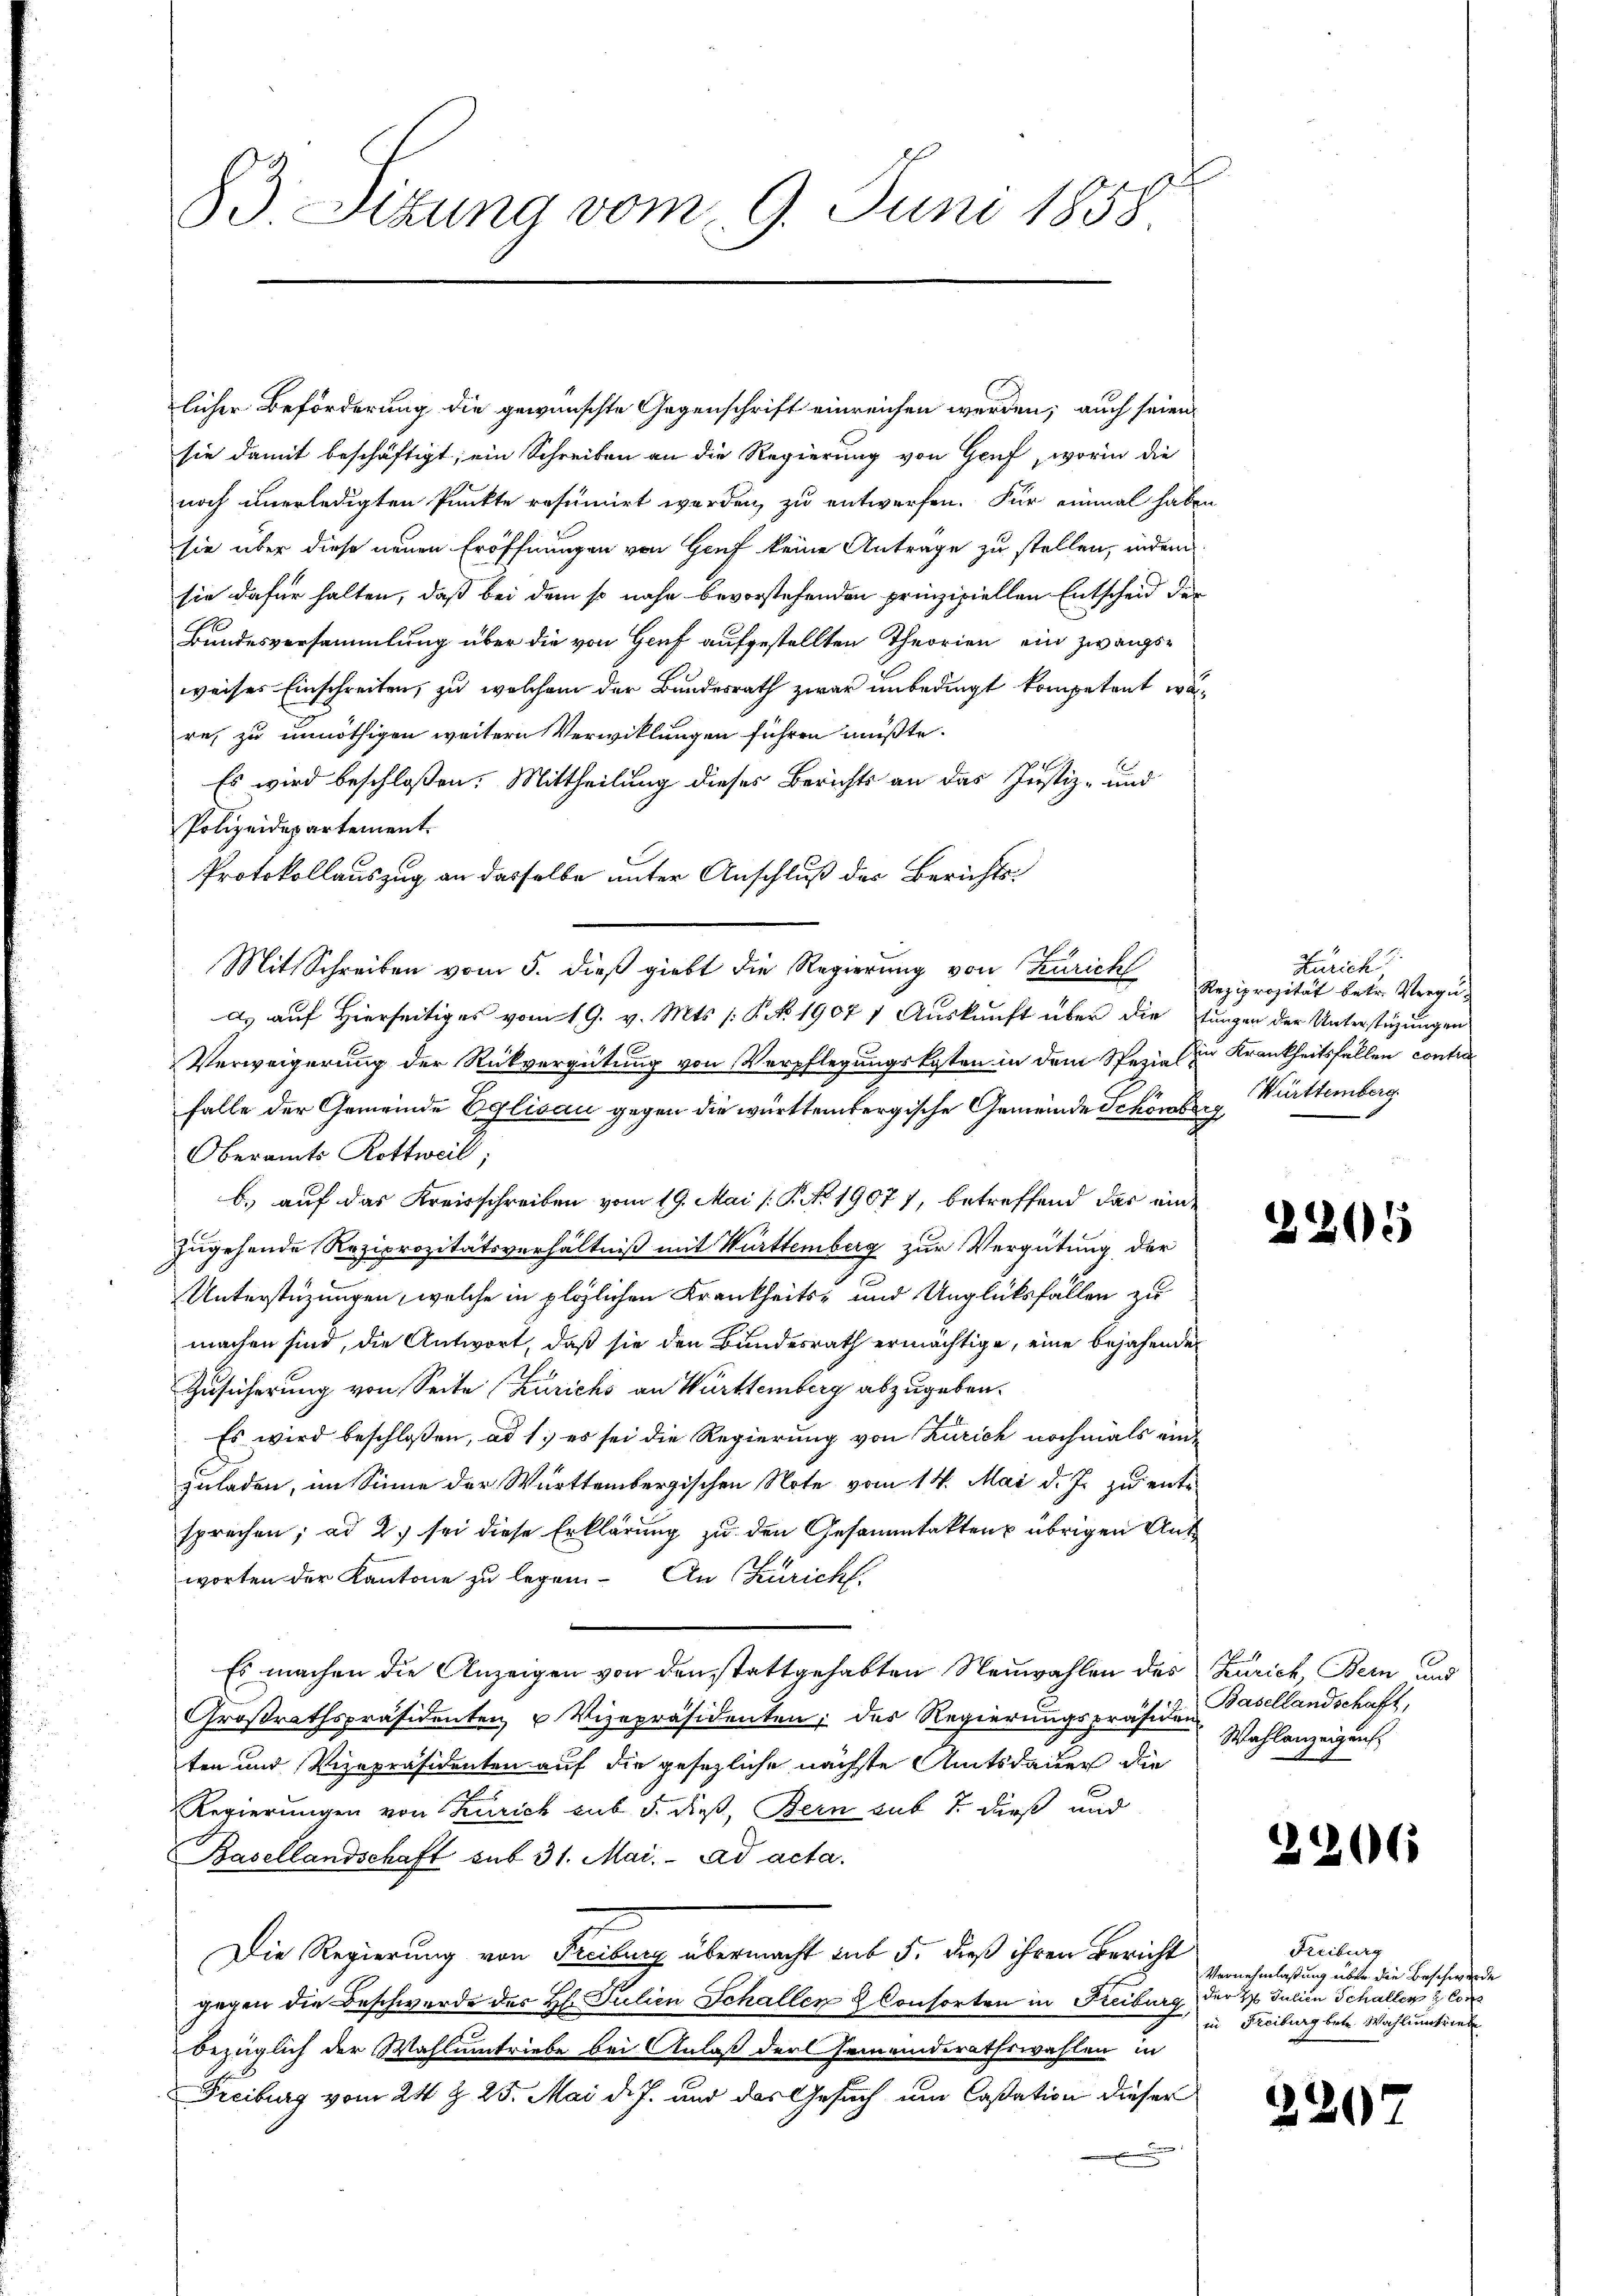
83 Sizung vom 9. Juni 1858

licher Beförderung die gewünschte Gegenschrift einreichen werden; auch seien
sie damit beschäftigt; ein Schreiben an die Regierung von Genf, worin die
noch unerledigten Punkte resumirt worden, zu entwerfen. Für einmal haben
sie über diese neuen Eröffnungen von Genf keine Antrage zu stellen, indem
sie dafür halten, daß bei dem so nahe bevorstehenden prinzipiellen Entscheid der
Bundesversammlung über die von Genf aufgestellten Theorien ein zwangsweiser Einschreiten, zu welchem der Bundesrath zwar unbedingt kompetent wäre, zu unnöthigen weitern Verwicklungen führen müßte.
Es wird beschloßen: Mittheilung dieses Berichts an das Justiz- und
Polizeidepartement.
Protokollauszug an dasselbe unter Anschluß der Berichts-
Mit Schreiben vom 5. dieß giebt die Regierung von Zürich Reziprocität betr. Vergü¬
) auf Hierseitiges vom 19. v. Mts. /: P. No 1907 1 Auskunft über die Jungen der Unterstüzungen
Verweigerung der Rückvergütung von Verpflegungskosten in dem Spezia (zu Krankheitsfallen contra
falle der Gemeinde Eglisau gegen die württembergische Gemeinde Schöner Württemberg.
Oberamts Rottweil;
b.) auf das Kreisschreiben vom 19. Mai /: P. No 1907), betreffend das einzugehende Reziprozitätsverhältniß mit Württemberg zur Vergütung der
Unterstüzungen, welche in plöslichen Krankheits- und Unglücksfallen zu
machen sind, die Antwort, daß sie den Bundesrath ermächtige, eine bejahende
Zusicherung von Seite (Zürichs an Württemberg abzugeben.
Es wird beschloßen, ad 1.) es sei die Regierung von Zürich nochmals einzuladen, im Sinne der Württembergischen Note vom 14. Mai d. Js. zu entsprechen; ad 2.) sei diese Erklärung zu den Gesammtakten übrigen Antworten der Kantone zu legen. An Züricht.
Es machen die Anzeigen von den stattgehabten Neuwahlen des Zürich, Bern und
Großrathspräsidenten u Vizepräsidenten, des Regierungspräsiden
ten und Vizepräsidenten auf die gesezliche nächste Amtsdauer die
Regierungen von Kurich sub 5. dieß, Bern sub 1 dieß und
Basellandschaft sub 31. Mai. ad acta.
Die Regierung von Freibung übermacht auf 5. dieß ihren Bericht
gegen die Beschwerde des Hl. Julien Schallen & Consorten in Freiburg, der 2. Julien Schaller
bezüglich der Wahlumtriebe bei Anlaß der Gemeinderathswahlen in
Freiburg vom 24 t 25. Mai d. J. und das Gesuch um Caßation dieser
x

Zürich,

2305

Basellandschaft,
Wahlanzeigeng

2206

Freiburg
Vernehmlaßung über die Beschwerde
in Freiburg betr. Wahlentriebe

22